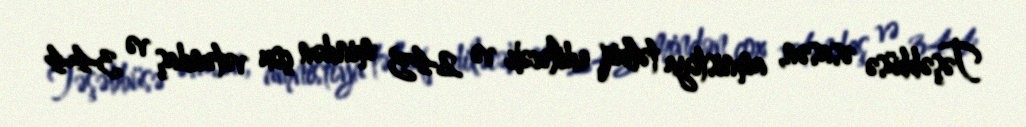
Təşəbbüsə əsasən, amnistiya tətbiq ediləcək və 245 mindən çox vətəndaş və 344